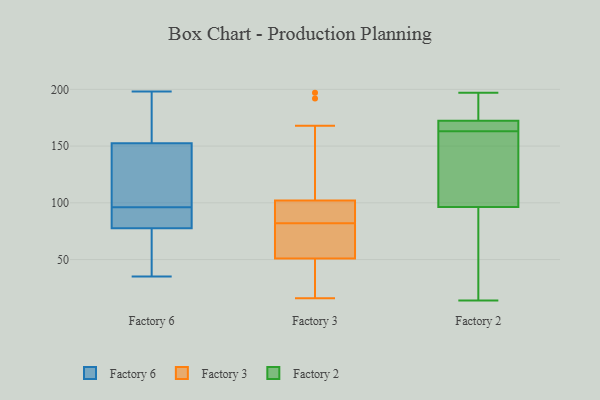
{"axis": {"x": "Net Income (USD K)", "y": "Value"}, "legend": ["Factory 2", "Factory 3", "Factory 6"], "data": [{"x": "", "y": 35, "type": "Factory 6"}, {"x": "", "y": 74, "type": "Factory 6"}, {"x": "", "y": 198, "type": "Factory 6"}, {"x": "", "y": 134, "type": "Factory 6"}, {"x": "", "y": 48, "type": "Factory 6"}, {"x": "", "y": 173, "type": "Factory 6"}, {"x": "", "y": 113, "type": "Factory 6"}, {"x": "", "y": 94, "type": "Factory 6"}, {"x": "", "y": 98, "type": "Factory 6"}, {"x": "", "y": 179, "type": "Factory 6"}, {"x": "", "y": 61, "type": "Factory 6"}, {"x": "", "y": 77, "type": "Factory 6"}, {"x": "", "y": 86, "type": "Factory 6"}, {"x": "", "y": 81, "type": "Factory 6"}, {"x": "", "y": 78, "type": "Factory 6"}, {"x": "", "y": 130, "type": "Factory 6"}, {"x": "", "y": 178, "type": "Factory 6"}, {"x": "", "y": 160, "type": "Factory 6"}, {"x": "", "y": 145, "type": "Factory 6"}, {"x": "", "y": 80, "type": "Factory 6"}, {"x": "", "y": 197, "type": "Factory 3"}, {"x": "", "y": 62, "type": "Factory 3"}, {"x": "", "y": 102, "type": "Factory 3"}, {"x": "", "y": 80, "type": "Factory 3"}, {"x": "", "y": 168, "type": "Factory 3"}, {"x": "", "y": 51, "type": "Factory 3"}, {"x": "", "y": 37, "type": "Factory 3"}, {"x": "", "y": 51, "type": "Factory 3"}, {"x": "", "y": 81, "type": "Factory 3"}, {"x": "", "y": 192, "type": "Factory 3"}, {"x": "", "y": 90, "type": "Factory 3"}, {"x": "", "y": 83, "type": "Factory 3"}, {"x": "", "y": 85, "type": "Factory 3"}, {"x": "", "y": 16, "type": "Factory 3"}, {"x": "", "y": 45, "type": "Factory 2"}, {"x": "", "y": 173, "type": "Factory 2"}, {"x": "", "y": 83, "type": "Factory 2"}, {"x": "", "y": 183, "type": "Factory 2"}, {"x": "", "y": 92, "type": "Factory 2"}, {"x": "", "y": 109, "type": "Factory 2"}, {"x": "", "y": 129, "type": "Factory 2"}, {"x": "", "y": 14, "type": "Factory 2"}, {"x": "", "y": 170, "type": "Factory 2"}, {"x": "", "y": 163, "type": "Factory 2"}, {"x": "", "y": 197, "type": "Factory 2"}, {"x": "", "y": 187, "type": "Factory 2"}, {"x": "", "y": 142, "type": "Factory 2"}, {"x": "", "y": 164, "type": "Factory 2"}, {"x": "", "y": 166, "type": "Factory 2"}]}